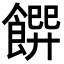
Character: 𩝁